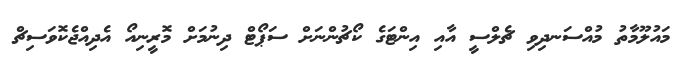
މައުލޫމާތު މުއްސަނދިވި ޗެލްސީ އާއި އިންޓަގެ ކޯޗުންނަށް ސަޕޯޓް ދިނުމަށް މޮރީނިއޯ އެދިއްޖެކޮވަސިޗް